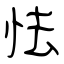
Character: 怯